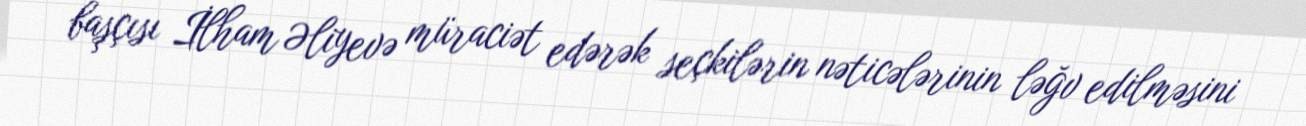
başçısı İlham Əliyevə müraciət edərək seçkilərin nəticələrinin ləğv edilməsini